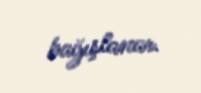
bağışlanar.